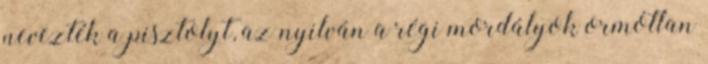
nevezték a pisztolyt, az nyilván a régi mordályok ormótlan